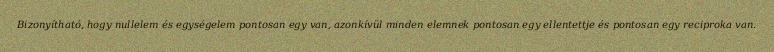
Bizonyítható, hogy nullelem és egységelem pontosan egy van, azonkívül minden elemnek pontosan egy ellentettje és pontosan egy reciproka van.